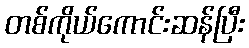
တစ်ကိုယ်ကောင်းဆန်ပြီး